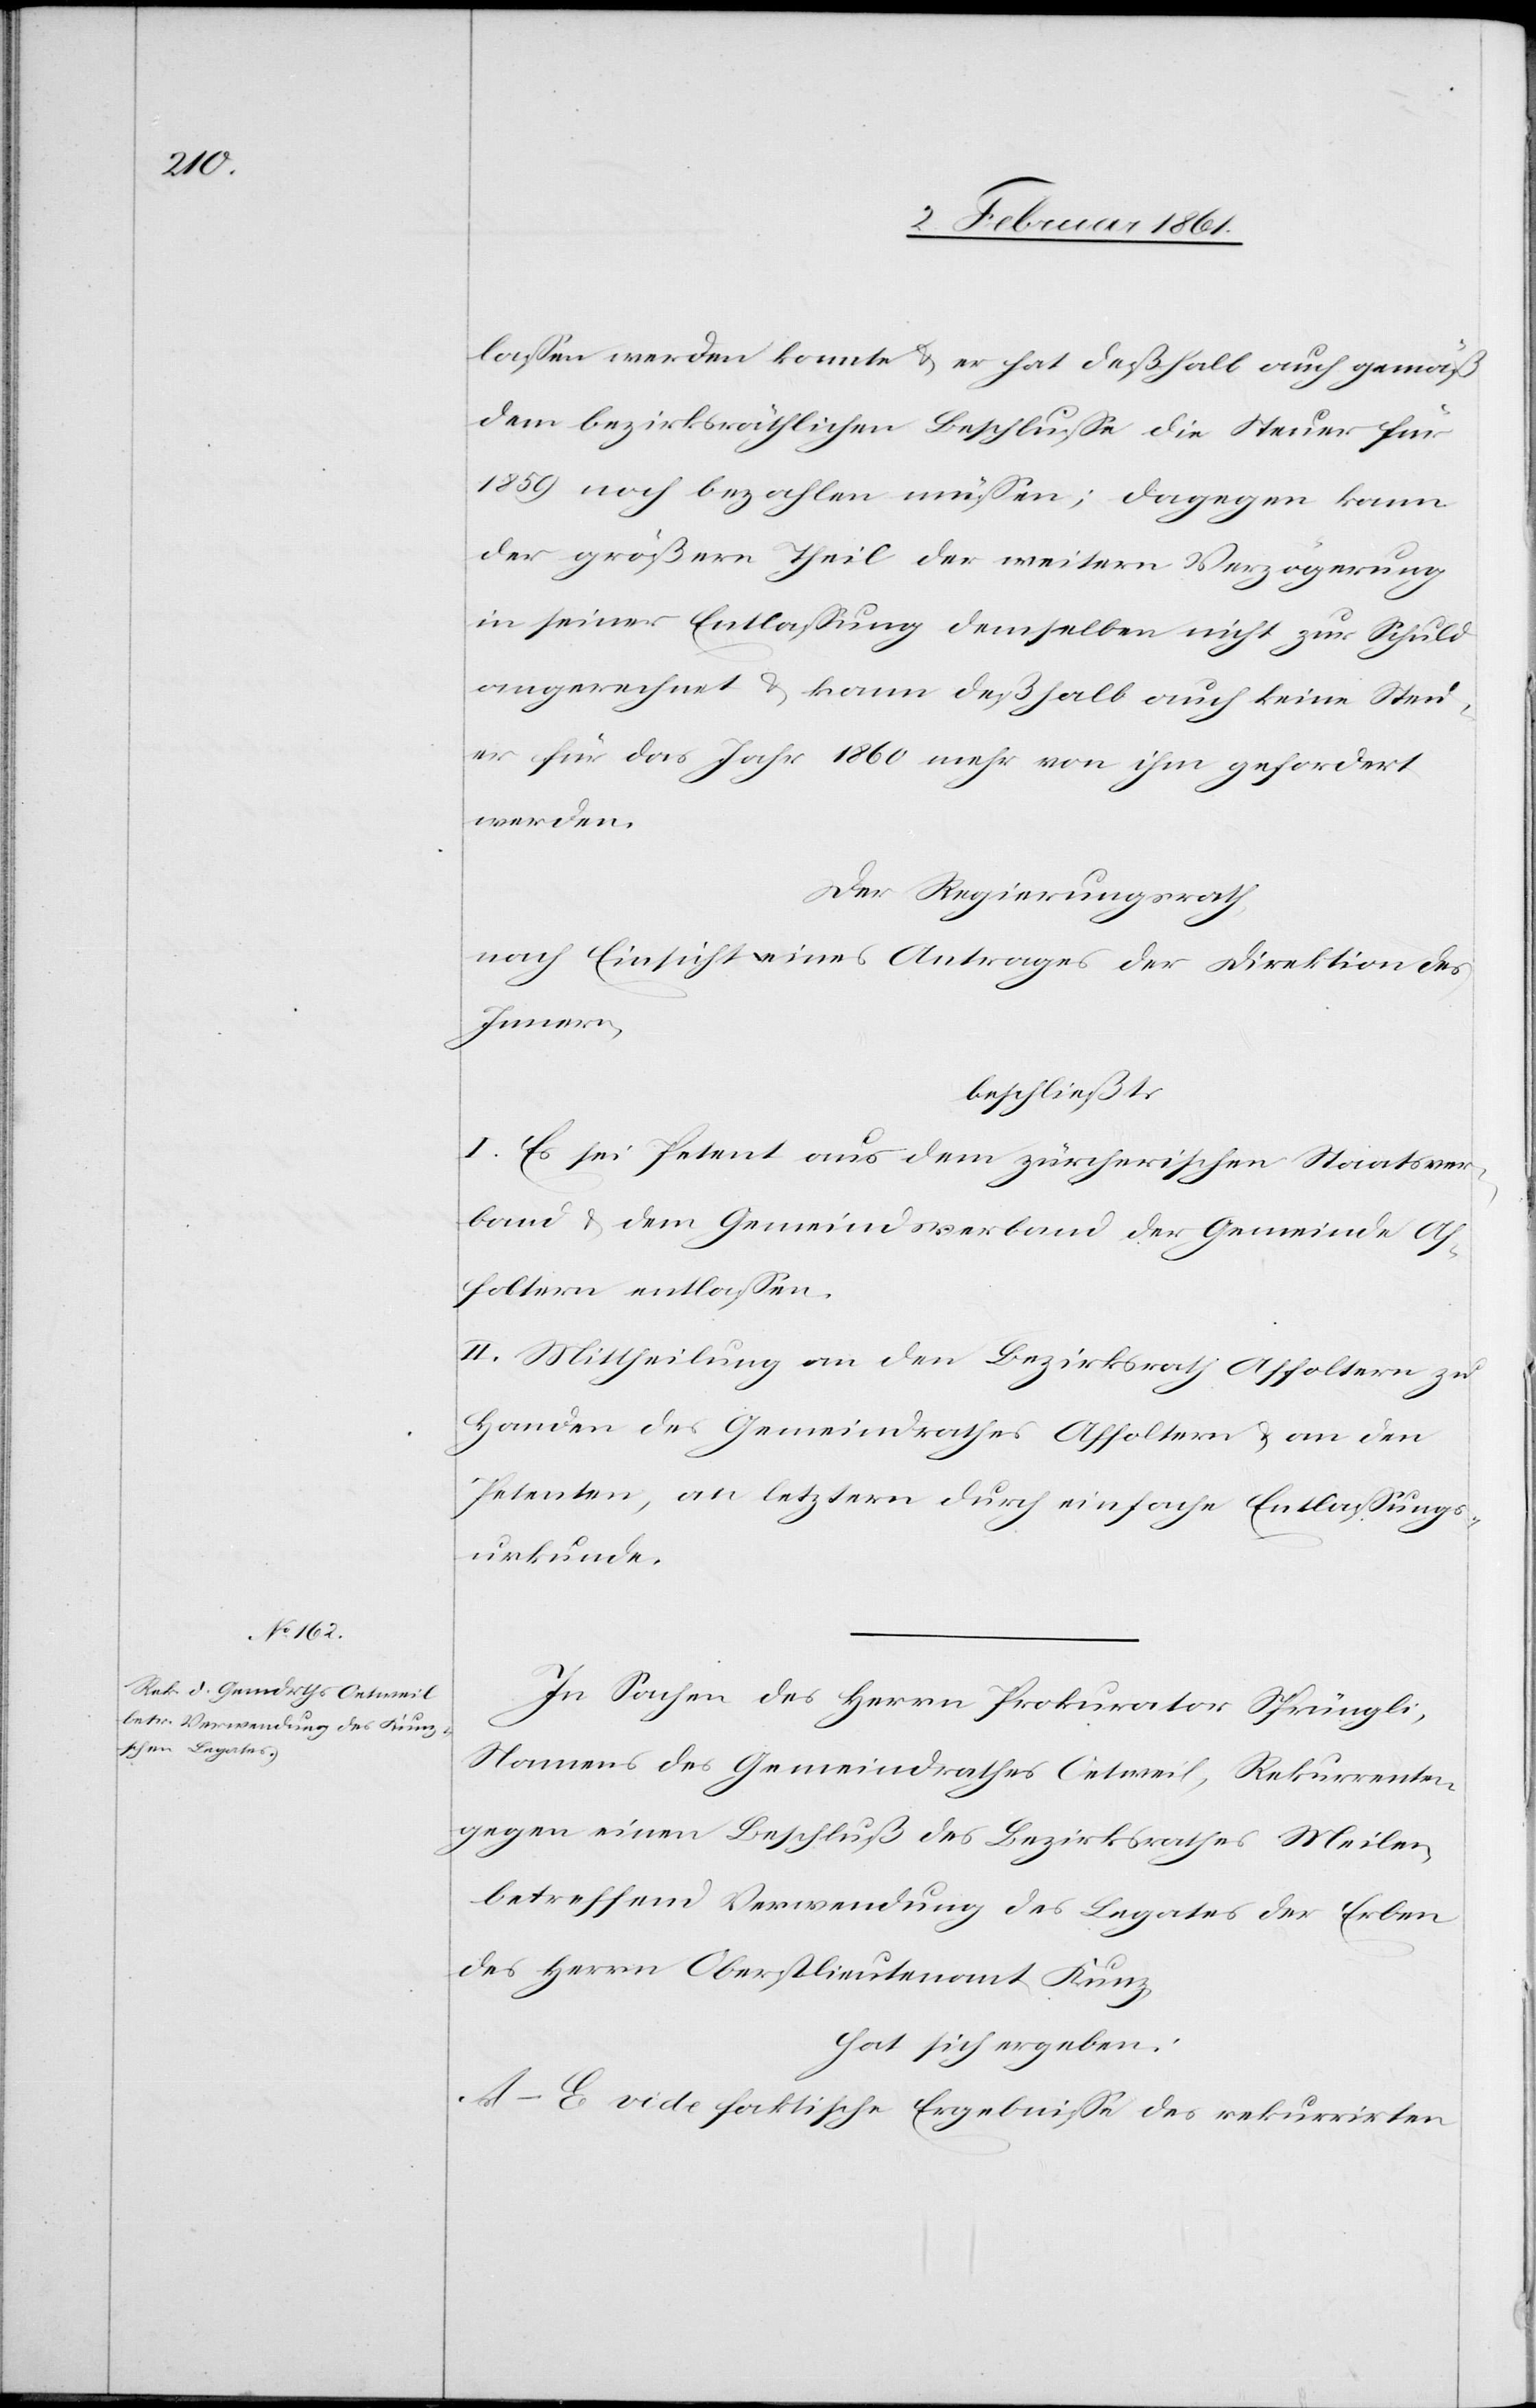
lassen werden konnte u. er hat deßhalb auch gemäß
dem bezirksräthlichen Beschlusse die Steuer für
1859 noch bezahlen müssen; dagegen kann
der größere Theil der weitern Verzögerung
in seiner Entlassung demselben nicht zur Schuld
angerechnet u. kann deßhalb auch keine Steu¬
er für das Jahr 1860 mehr von ihm gefordert
werden.
Der Regierungsrath,
nach Einsicht eines Antrages der Direktion des
Innern,
beschließt:
I. Es sei Petent aus dem zürcherischen Staatsver¬
band u. dem Gemeindsverband der Gemeinde Af¬
foltern entlassen.
II. Mittheilung an den Bezirksrath Affoltern zu
Handen des Gemeindrathes Affoltern u. an den
Petenten, an letztern durch einfache Entlassungs¬
urkunde.
In Sachen des Herrn Prokurator Sprüngli,
Namens des Gemeindrathes Oetweil, Rekurrenten,
gegen einen Beschluß des Bezirksrathes Meilen,
betreffend Verwendung des Legates der Erben
des Herrn Oberstlieutenant Kunz,
hat sich ergeben:
A–E. vide faktische Ergebnisse des rekurrirten